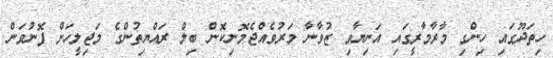
ހިތަދޫގައި ހިންގި މާރާމާރީގައި އަނިޔާވި ޒުވާނާ މަރުވެއްޖެމޮނިކޮން ބިލް ރައްޔިތުންގެ މަޖިލީހަށް ފޮނުވަން